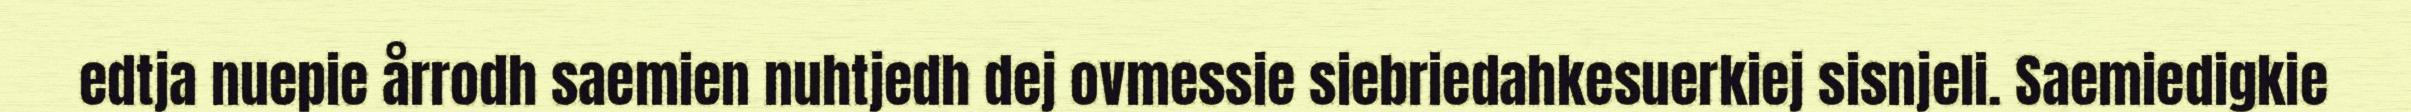
edtja nuepie årrodh saemien nuhtjedh dej ovmessie siebriedahkesuerkiej sisnjeli. Saemiedigkie